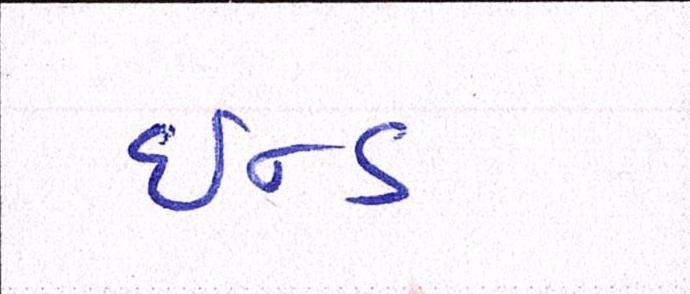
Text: ઇન્ડ